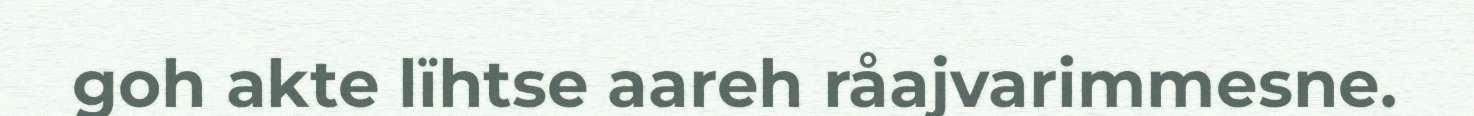
goh akte lïhtse aareh råajvarimmesne.